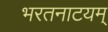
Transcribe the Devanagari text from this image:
भरतनाटयम्